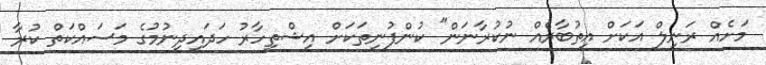
މަަށެއް ރަނިލް އަކަށް އިތުބާރެއް ނުކުރާނަން" ކުންފުނިތަކަށް އިޝްތިހާރު ހަދައިދިނުމުގެ މަސައްކަތް ކުރާ